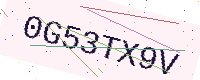
Text: 0G53TX9V